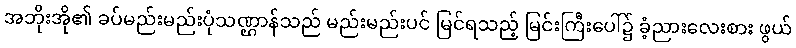
အဘိုးအို၏ ခပ်မည်းမည်းပုံသဏ္ဌာန်သည် မည်းမည်းပင် မြင်ရသည့် မြင်းကြီးပေါ်၌ ခံ့ညားလေးစား ဖွယ်